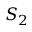
S _ { 2 }